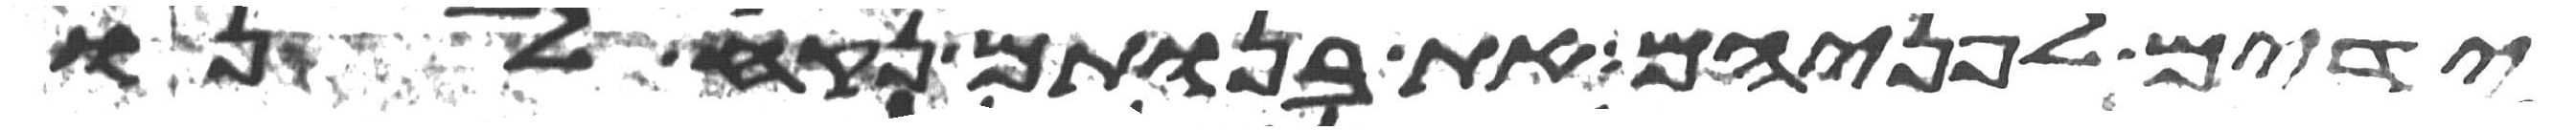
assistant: ידים לפניהם את בנותם נקח לנו